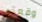
وقعتي